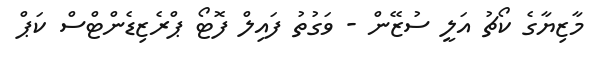
މާޒިޔާގެ ކޯޗު އަލީ ސުޒޭން - ވަގުތު ފައިލް ފޮޓޯ ޕްރެޒިޑެންޓްސް ކަޕް